Vital statistics of India. Vol. IV, Annual returns from 1871 to 1876. British Army of India, Native Army and jails of Bengal
Year: 1871
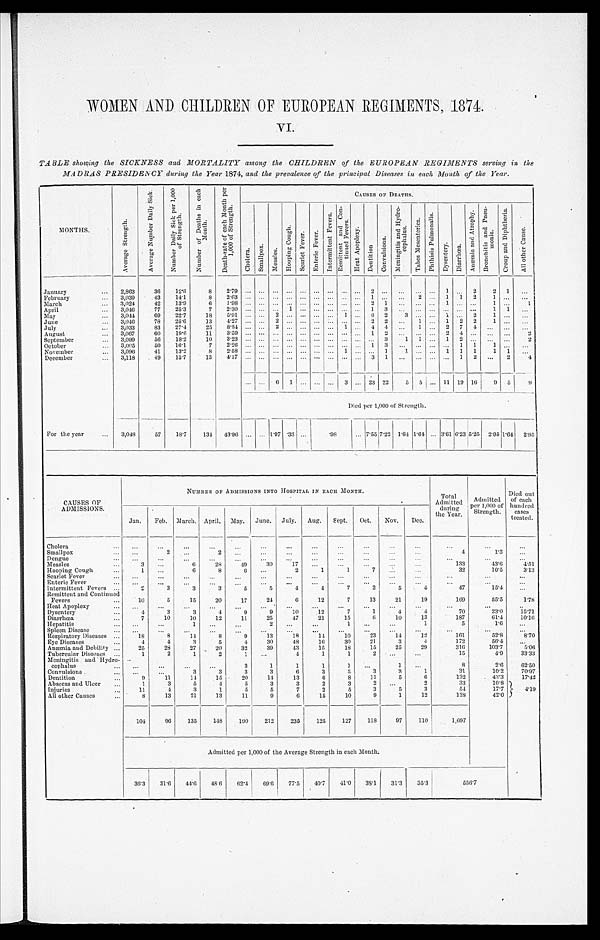
WOMEN AND CHILDREN OF EUROPEAN REGIMENTS, 1874.
VI.
TABLE showing the SICKNESS and MORTALITY among the CHILDREN of the EUROPEAN REGIMENTS serving in the
MADRAS PRESIDENCY during the Year 1874, and the prevalence of the principal Diseases in each Month of the Year.
MONTHS.
A v e r a g e S t r e n g t h .
A v e r a g e N u m b e r D a i l y S i c k .
N u m b e r D a i l y S i c k p e r 1 , 0 0 0 o f S t r e n g t h .
N u m b e r o f D e a t h s i n e a c h M o n t h .
D e a t h - r a t e o f e a c h M o n t h p e r 1 , 0 0 0 o f S t r e n g t h .
CAUSES OF DEATHS.
C h o l e r a .
S m a l l p o x .
M e a s l e s .
H o o p i n g C o u g h .
S c a r l e t F e v e r .
E n t e r i c F e v e r .
I n t e r m i t t e n t F e v e r s .
R e m i t t e n t a n d C o n - t i n u e d F e v e r s .
H e a t A p o p l e x y .
D e n t i t i o n .
C o n v u l s i o n s .
M e n i n g i t i s a n s H y d r o - c e p h a l u s .
T a b e s M e s e n t e r i c a .
P h t h i s i s P u l m o n a l i s .
D y s e n t e r y .
D i a r r h œ a .
A n æ m i a a n d A t r o p h y .
B r o n c h i t i s a n d P n e u - m o n i a .
C r o u p a n d D i p h t h e r i a .
A l l o t h e r C a u s e .
January . . .
2,863
36
12.6
8
2.79
. . .
. . .
. . .
. . .
. . .
. . .
. . .
. . .
. . .
2
. . .
. . . . . .
. . .
1
. . .
2
2
1
. . .
February . . .
3,039
43
14.1
8
2.63
. . .
. . .
. . .
. . .
. . .
. . .
. . .
. . .
. . .
1
. . .
. . .2
. . . 1
1 2
1
. . .
. . .
March . . .
3,024
42
13.9
6
1.98
. . .
. . .
. . .
. . .
. . .
. . .
. . .
. . .
. . .
2 1
. . .. . .
. . .
1
. . .
. . .
1 . . .
1
April . . .
3,046
77
25.3
7
2.30
. . .
. . .
. . . 1
. . .
. . .
. . .
. . .
. . .
1
3
. . . . . .
. . .
. . .
. . .
. . .
1
1
. . .
May . . .
3,044
69
22.7
18
5.91
. . .
. . . 2
. . .
. . .
. . .
. . .
1
. . . 6
2
3 . . .
. . . 1
. . . 2
1
. . .
. . .
June . . .
3,046
78
25.6
13
4.27
. . .
. . .
2
. . .
. . .
. . .
. . .
. . .
. . . 2
2
. . . 1
. . .
1
2
2
1 . . .
. . .
July . . .
3,033
83
27.4
25
8.24
. . .
. . .
2
. . .
. . .
. . .
. . .
1
. . .
4
4
. . .1
. . .
2
7
4
. . . . . .
. . .
August . . .
3,067
60
19.6
1 1
3 . 5 9
. . .
. . .
. . .
. . .
. . .
. . .
. . .
. . .
. . .
1
2
. . .. . .
. . .
2
4
. . .
. . .. . .
2
September . . .
3,099
56
18.2
10
3.23
. . .
. . .
. . .
. . .
. . .
. . .
. . .
. . .
. . .
. . .
3
1 1
. . .
1
2
. . .
. . .. . .
2
October . . .
3,095
50
16.1
7
2.26
. . .
. . .
. . .
. . .
. . .
. . .
. . .
. . .
. . . 1
3
. . . . . .
. . .
. . . 1
1
1 . . .
. . .
November . . .
3,096
41
13.2
8
2 . 5 8
. . .
. . .
. . .
. . .
. . .
. . .
. . .
1
. . .
. . .
1
1 . . .
. . .
1
1
1
1
1
. . .
December . . .
3,118
49
15.7
1 3
4 . 1 7
. . .
. . .
. . .
. . .
. . .
. . .
. . .
. . .
. . .
3
1
. . . . . .
. . .
. . . 1
2
. . .
2
4
. . .
. . .
6
1
. . .
. . .
. . . 3
. . . 23 22
5
5
. . . 11 19 16
9
5
9
Died per 1,000 of Strength.
For the year . . .
3,048
57
18.7
134
43.96
. . .
. . . 1.97 .33
. . .
.98
. . .
7 . 5 5
7 . 2 2 1.64 1.64
. . . 3.61 6.23 5.25
2.95 1.64
2.95
CAUSES OF
ADMISSIONS.
NUMBER OF ADMISSIONS INTO HOSPITAL IN EACH MONTH.
Total
Admitted
during
the Year.
Admitted
per1,000 of
Strength.
Died out
of each
hundred
cases
treated.
Jan.
Feb.
March. April.
May.
June.
July.
Aug.
Sept.
Oct.
Nov.
Dec.
Cholera . . .
. . .
. . .
. . .
. . .
. . .
. . .
. . .
. . .
. . .
. . .
. . .
. . .
. . .
. . .
. . .
Smallpox . . .
. . .
2
. . .
2
. . .
. . .
. . .
. . .
. . .
. . .
. . .
. . .
4
1.3
. . .
Dengue . . .
. . .
. . .
. . .
. . .
. . .
. . .
. . .
. . .
. . .
. . .
. . .
. . .
. . .
. . . . . .
Measles . . .
3
. . .
6
28
49
30
17
. . .
. . .
. . .
. . .
. . .
133
43.6 4.51
Hooping Cough . . .
1
. . .
6
8
6
. . .
2
1
1
7
. . .
. . .
32
10.5
3.13
Scarlet Fever . . .
. . .
. . .
. . .
. . .
. . .
. . .
. . .
. . .
. . .
. . .
. . .
. . .
. . .
. . .
. . .
Enteric Fever . . .
. . .
. . .
. . .
. . .
. . .
. . .
. . .
. . .
. . .
. . .
. . .
. . .
. . .
. . .
. . .
Intermittent Fevers . . .
2
3
3
3
5
5
4
4
7
2
5
4
47
1 5 . 4
. . .
Remittent and Continued
Fevers . . .
10
5
15
20
17
24
6
12
7
13
21
19
169
55.5
1.78
Heat Apoplexy . . .
. . .
. . .
. . .
. . .
. . .
. . .
. . .
. . .
. . .
. . .
. . .
. . .
. . .
. . .
. . .
Dysentery . . .
4
3
3
4
9
9
10
12
7
1
4
4
70
23.0
15.71
Diarrhœa . . .
7
10
10
12
11
25
47
21
15
6
10
13
187
61.4
10.16
Hepatitis . . .
. . .
. . .
1
. . .
. . .
2
. . .
. . .
1
. . .
. . .
1
5
1.6
. . .
Spleen Disease . . .
. . .
. . .
. . .
. . .
. . .
. . .
. . .
. . .
. . .
. . .
. . .
. . .
. . .
. . .
. . .
Respiratory Diseases . . .
18
8
14
8
9
1 3
18
14
10
23
14
12
161
52.8
8.70
Eye Diseases . . .
4
4
3
5
4
30
48
16
30
21
3
4
172
56.4
. . .
Anæmia and Debility . . .
25
28
27
20
32
39
43
15
18
15
25
29
316
103.7
5.06
Tubercular Diseases . . .
1
2
1
2
1
. . .
4
1
1
2
. . .
. . .
15
4.9
33.33
Meningitis and Hydro-
cephalus . . .
. . .
. . .
. . .
. . .
3
1
1
1
1
. . .
1
. . .
8
2.6
62.50
Convulsions . . .
. . .
. . .
3
3
3
3
6
3
3
3
3
1
31
10.2
70.97
Dentition . . .
9
11
14
15
20
14
13
6
8
11
5
6
132
43.3
17.42
Abscess and Ulcer . . .
1
3
5
4
5
3
3
2
3
2
. . .
2
33
10.8
4 . 1 9
Injuries . . .
11
4
3
1
5
5
7
2
5
3
5
3
54
17.7
All other Causes . . .
8
13
21
13
11
9
6
15
10
9
1
12
128
42.0
104
96
135
148
190
212
235
125
127
118
97
110
1,697
Admitted per 1,000 of the Average Strength in each Month.
36.3
31.6
44.6
48.6
62.4
69.6
77.5
40.7
41.0
38.1
31.3
35.3
556.7